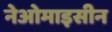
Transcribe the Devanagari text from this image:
नेओमाइसीन